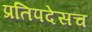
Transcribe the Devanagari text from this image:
प्रतिपदेसच